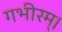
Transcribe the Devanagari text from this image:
गभीरम्।